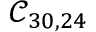
\mathcal { C } _ { 3 0 , 2 4 }